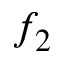
f _ { 2 }